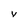
Character: V